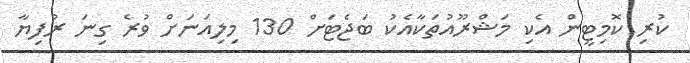
ކުރި ކޮމިޓީން އެކި މަޝްރޫއުތަކާއެކު ބަޖެޓަށް 130 މިލިއަނަށް ވުރެ ގިނަ ރުފިޔާ